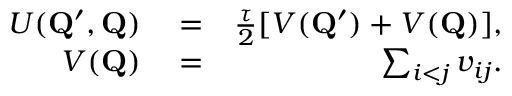
\begin{array} { r l r } { U ( \mathbf { Q } ^ { \prime } , \mathbf { Q } ) } & { { } = } & { \frac { \tau } { 2 } [ V ( \mathbf { Q } ^ { \prime } ) + V ( \mathbf { Q } ) ] , } \\ { V ( \mathbf { Q } ) } & { { } = } & { \sum _ { i < j } v _ { i j } . } \end{array}